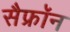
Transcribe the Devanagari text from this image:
सैफ्रॉन